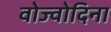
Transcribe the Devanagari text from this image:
वोज्वोदिना